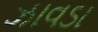
ઝાવડા